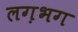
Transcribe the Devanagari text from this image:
लग़भग